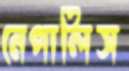
নেপালিস